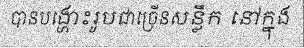
បានបង្ហោះរូបជាច្រើនសន្លឹក នៅក្នុង